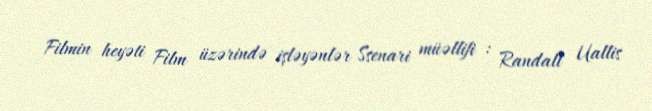
Filmin heyəti Film üzərində işləyənlər Ssenari müəllifi : Randall Uallis